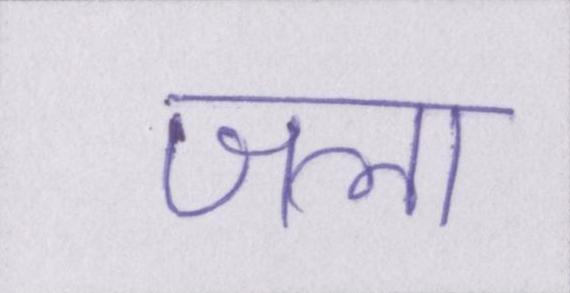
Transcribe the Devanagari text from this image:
जला